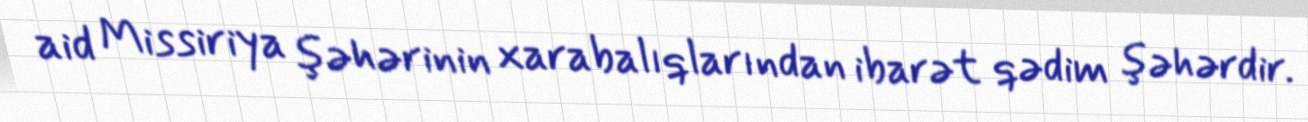
aid Missiriya şəhərinin xarabalıqlarından ibarət qədim şəhərdir.